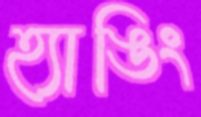
হ্যাঙিং